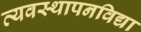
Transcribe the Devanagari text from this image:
व्यवस्थापनविद्या